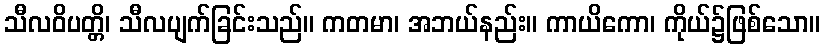
သီလဝိပတ္တိ၊ သီလပျက်ခြင်းသည်။ ကတမာ၊ အဘယ်နည်း။ ကာယိကော၊ ကိုယ်၌ဖြစ်သော။